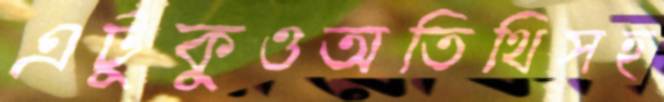
এটুকুওঅতিথিসহ